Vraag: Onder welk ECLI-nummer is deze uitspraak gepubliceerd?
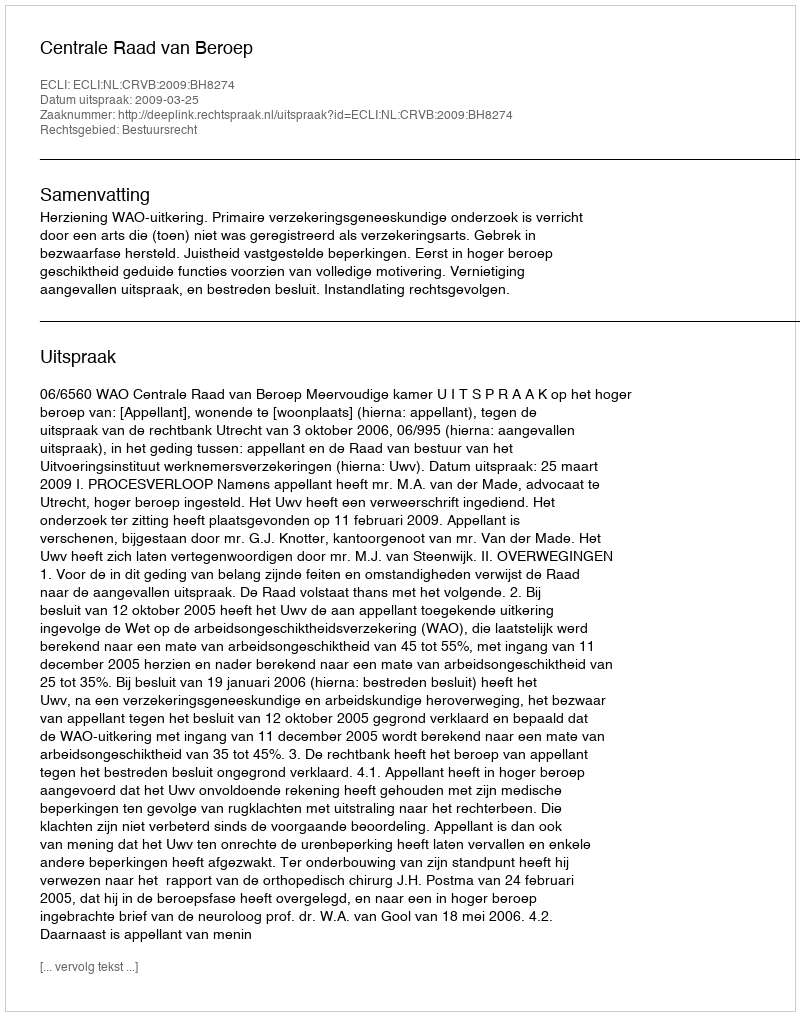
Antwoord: ECLI:NL:CRVB:2009:BH8274